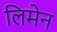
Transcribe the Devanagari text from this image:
लिमेन